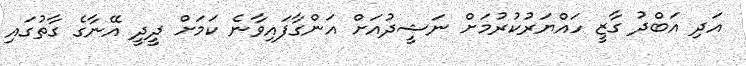
އަދި އަބްދު ގާޒީ ހައްޔަރުކުރުމަށް ނަޝީދުއަށް އަންގާފައިވާނެ ކަމަށް ދީދީ އޭނާގެ ގާތުގައި